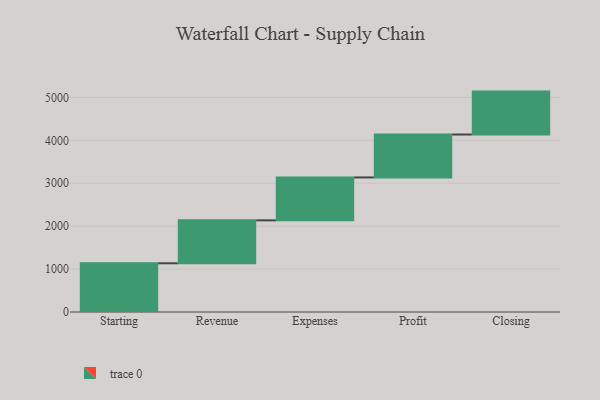
{"axis": {"x": "Step", "y": "Value"}, "legend": [""], "data": [{"x": "Starting", "y": 1135.0, "type": ""}, {"x": "Revenue", "y": 1000, "type": ""}, {"x": "Expenses", "y": 1000, "type": ""}, {"x": "Profit", "y": 1000, "type": ""}, {"x": "Closing", "y": 1000, "type": ""}]}